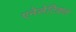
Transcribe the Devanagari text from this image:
एनेलेटिकल